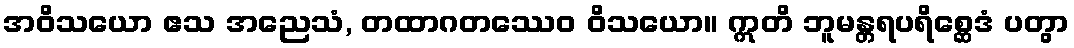
အဝိသယော ဧသ အညေသံ, တထာဂတဿေဝ ဝိသယော။ ဣတိ ဘူမန္တရပရိစ္ဆေဒံ ပတွာ